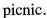
picnic.